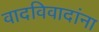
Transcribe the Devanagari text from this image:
वादविवादांना